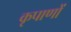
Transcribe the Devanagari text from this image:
कृपाणों